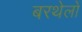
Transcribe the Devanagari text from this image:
बरथेलों